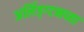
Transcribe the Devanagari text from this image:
अर्लिङ्ग्टनच्या